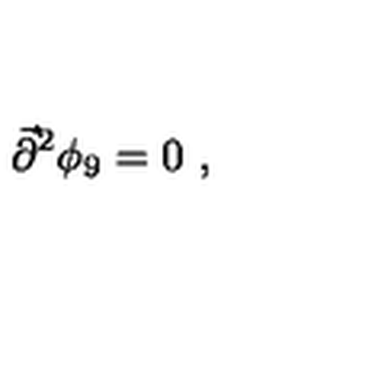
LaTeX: { \vec { \partial } } ^ { 2 } \phi _ { 9 } = 0 \ ,